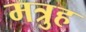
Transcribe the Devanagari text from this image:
मत्रुह